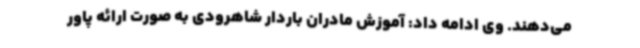
می‌دهند. وی ادامه داد: آموزش مادران باردار شاهرودی به صورت ارائه پاور